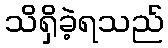
သိရှိခဲ့ရသည်